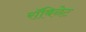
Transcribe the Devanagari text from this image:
रॉबिनेट